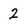
Character: 2